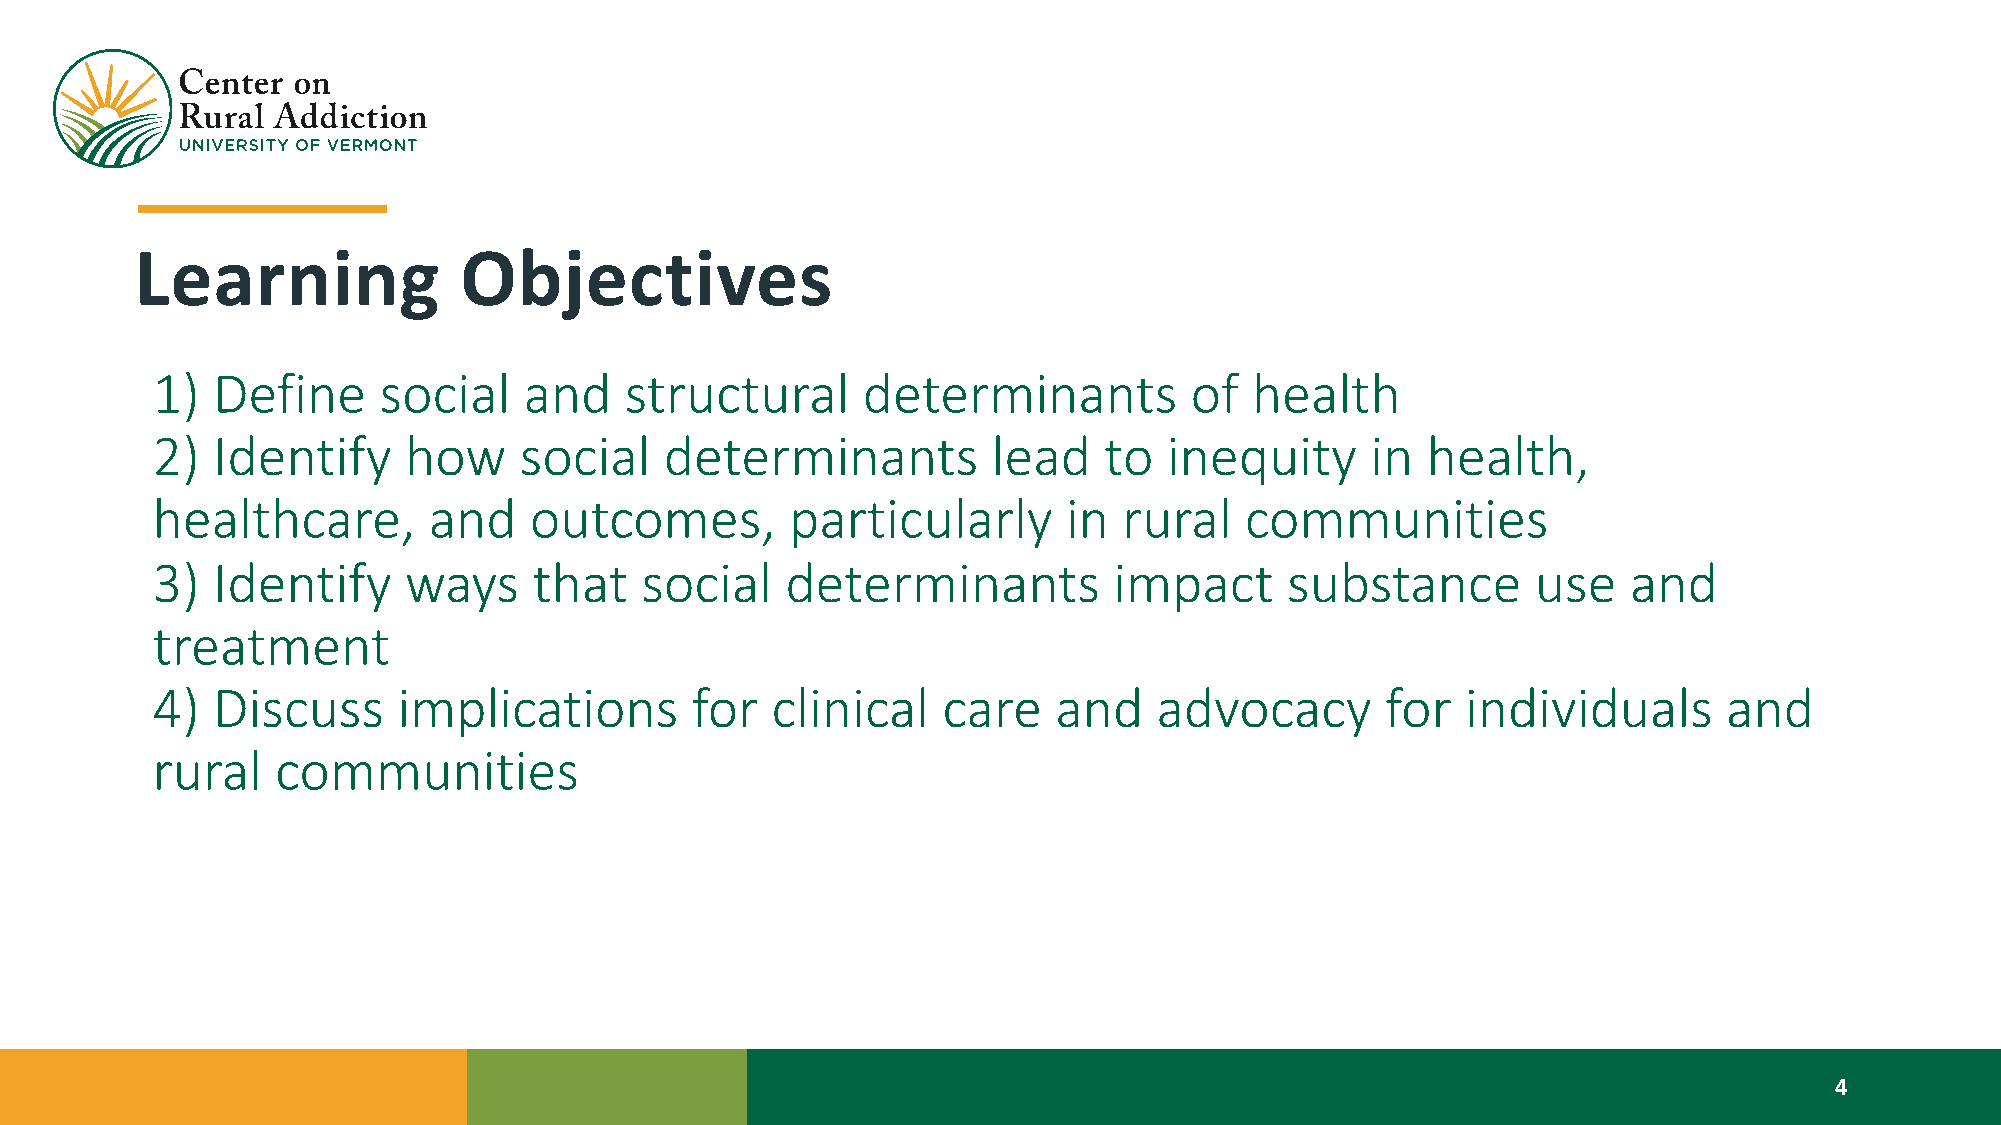
Learning             Objectives
 1)  Define     social    and   structural      determinants          of  health
 2)  Identify     how    social    determinants          lead   to  inequity      in health,
 healthcare,       and    outcomes,        particularly       in rural   communities
 3)  Identify     ways    that   social    determinants          impact     substance        use   and
 treatment
 4)  Discuss     implications        for  clinical   care    and    advocacy       for  individuals      and
 rural   communities
 4